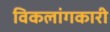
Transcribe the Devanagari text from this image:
विकलांगकारी